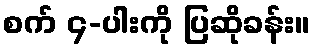
စက် ၄-ပါးကို ပြဆိုခန်း။